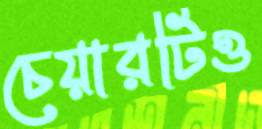
চেয়ারটিও